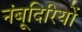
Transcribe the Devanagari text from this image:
नंबूदिरियों